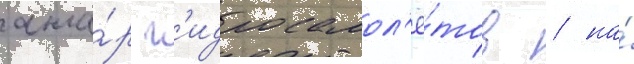
анга́р г'идросамол'ё́тов / на́